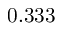
0 . 3 3 3